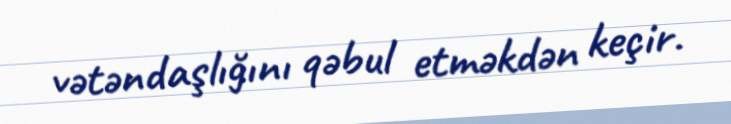
vətəndaşlığını qəbul etməkdən keçir.